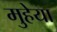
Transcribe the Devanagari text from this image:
मुहेया